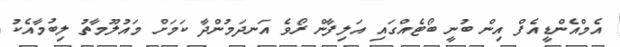
އެމްއެންޑީއެފް އިން ބުނީ ބޯޓެއްގައި އަލިފާން ރޯވެ އަނދަމުންދާ ކަމަށް މައުލޫމާތު ލިބުމާއެކު